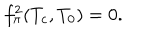
f _ { \pi } ^ { 2 } ( T _ { c } , T _ { 0 } ) = 0 .